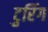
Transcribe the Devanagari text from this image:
टुरिंग